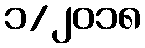
၁/၂၀၁၈